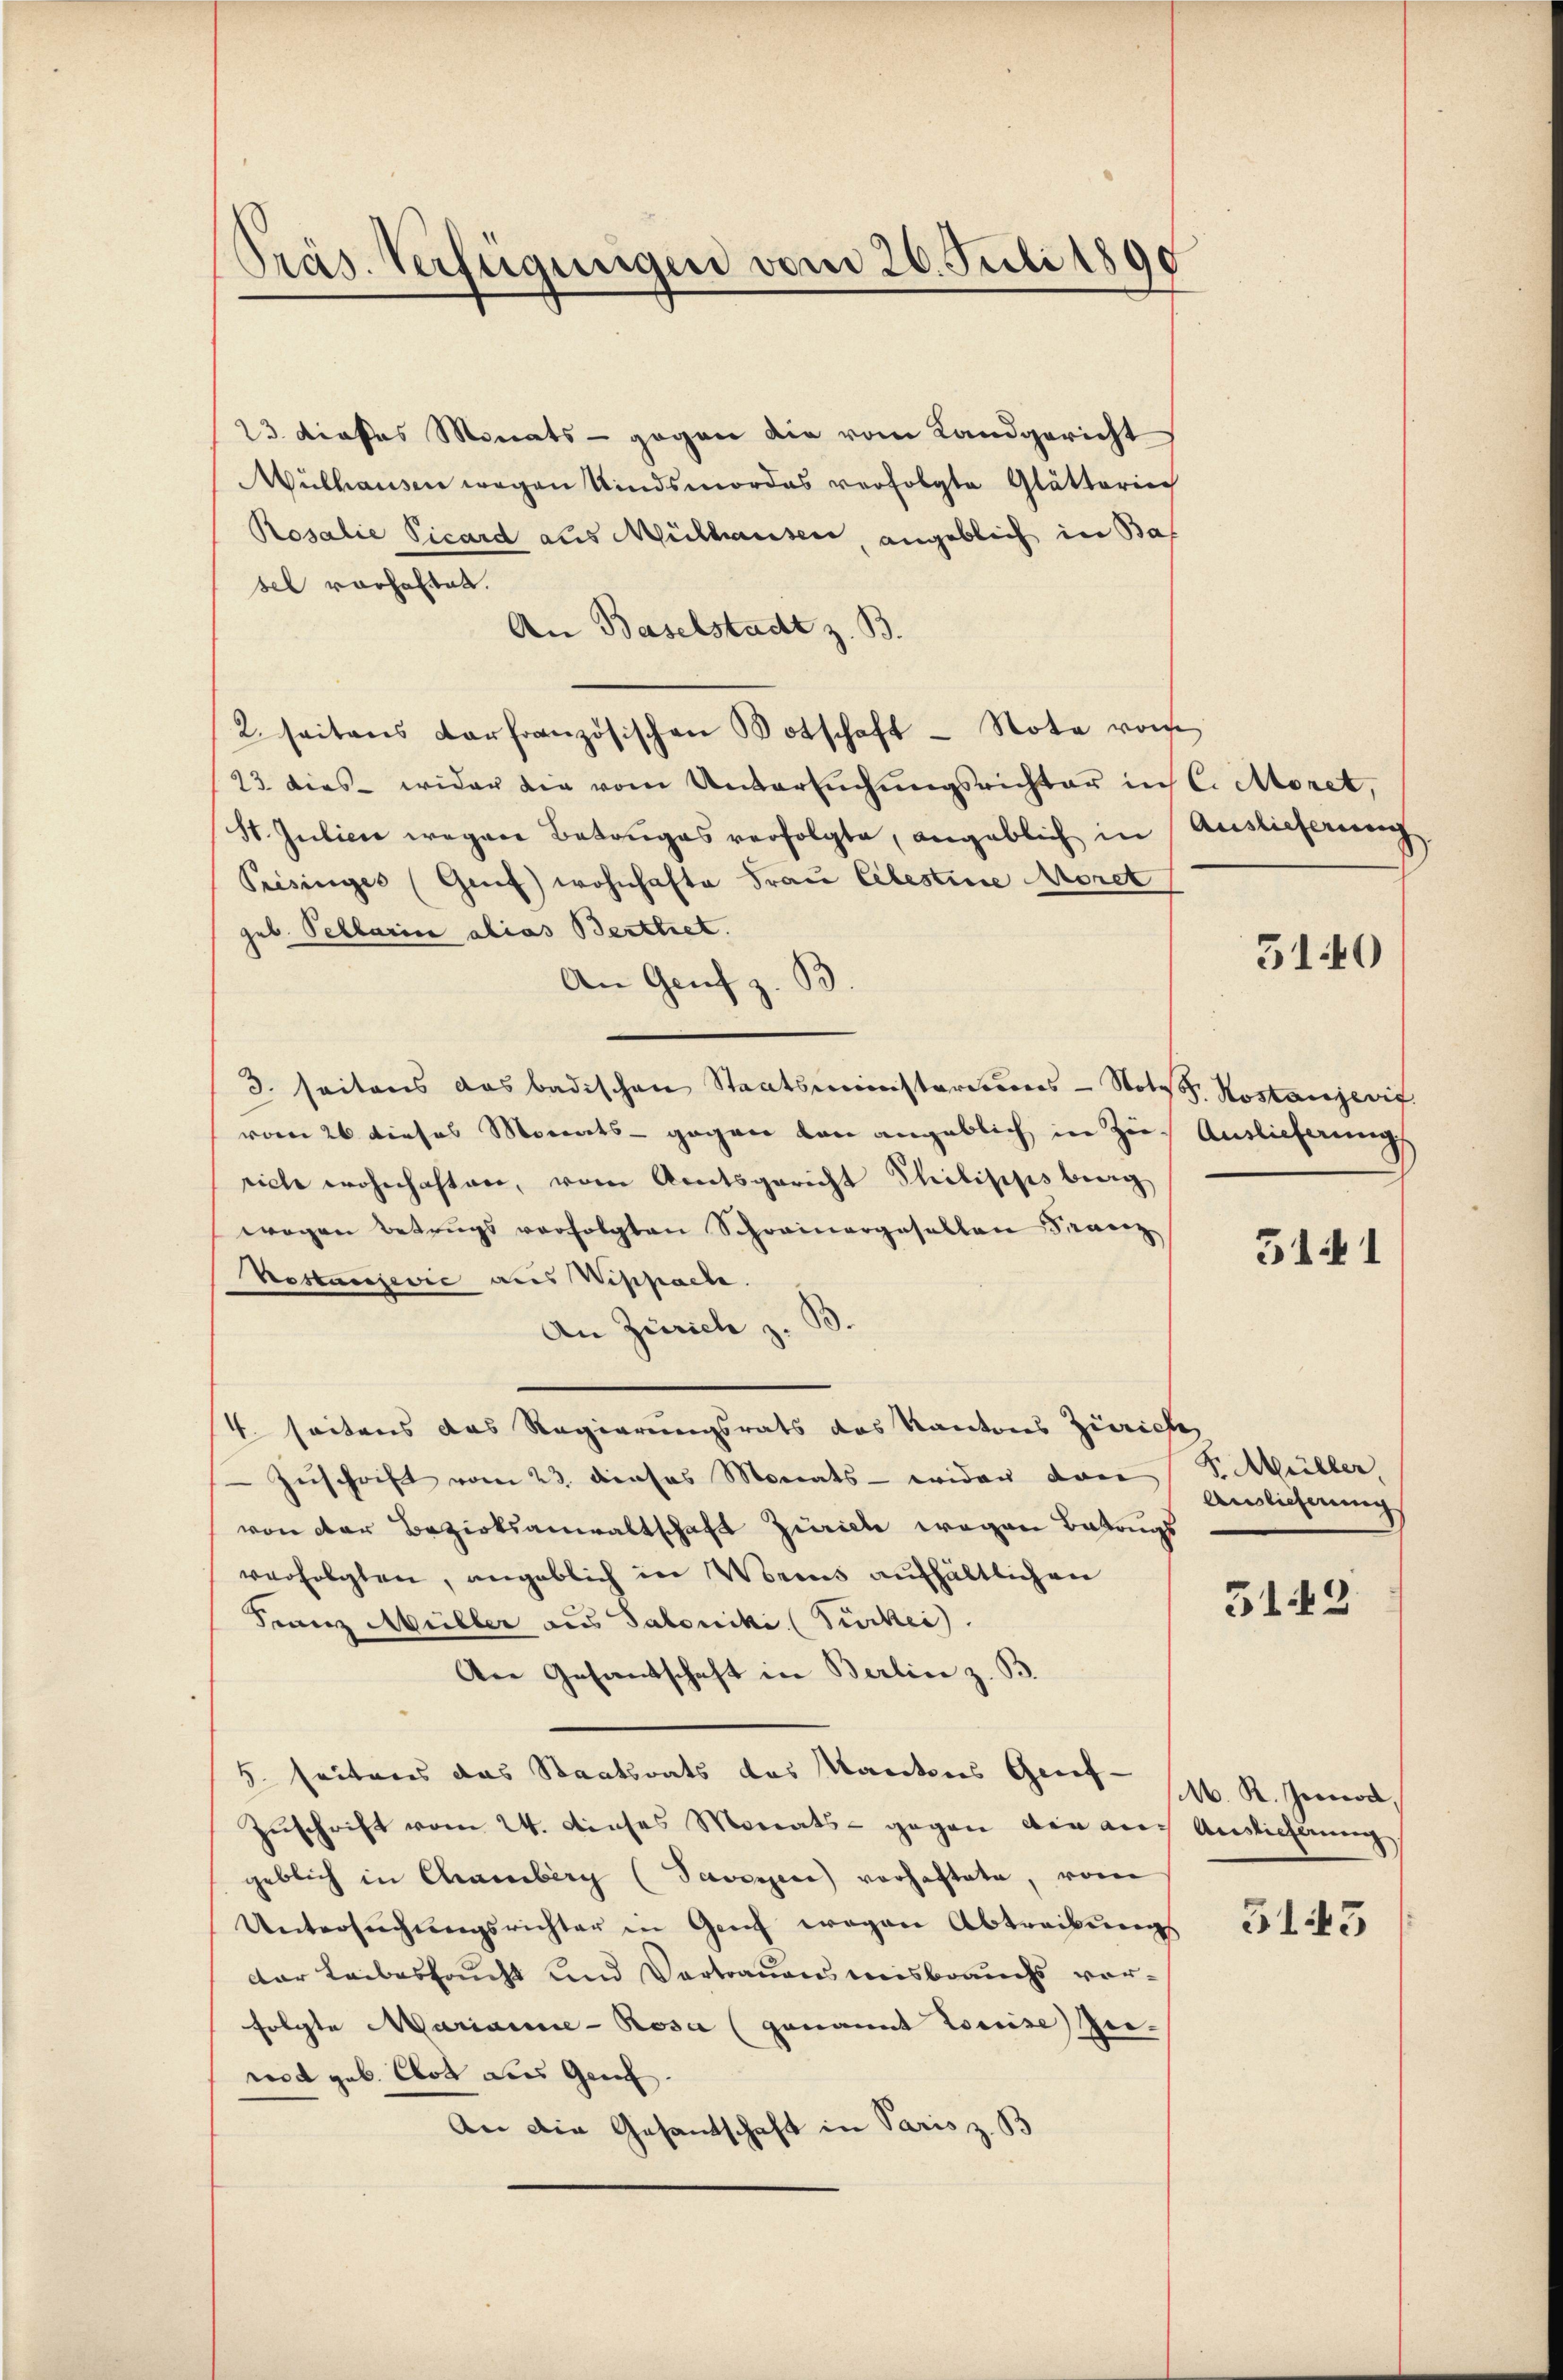
Präs. Verfügungen vom 26. Juli 1890

23 dieses Monats - gegen die vom Landgericht
Wülhausen wegen Kindsmordes verfolgte Glättering
Rosalie Picard aus Mülhausen, angeblich in Baf
sel vorhaltet.
An Baselstadt z. B.
2. seitens darfranzösischen Botschaft - Note von
23. dies wider die vom Untersuchungsrichter in C. Moret,
St. Julier wegen Betruges verfolgte, angeblich in Auslieferung
Peisinges (Gref) wohnhafte Frau Celestine Moret
geb. Pellarii alias Berttiet.
An Genf z. B.
3. seitens das badischen Staatsministeriums-Note. Kostanzeris
vom 26. dieses Monats - gegen von angeblich in Zu- Auslieferungs
eiche wohnhaften, vom Amtsgericht Philippsberg
wegen Betrugs verfolgten Schreinargesellen Fernerz
Nostanzević aus Wippache.
An Zürich z. B
4. seitens das Regierungsrats das Kantons Zürich
 Zuschrift vom 23. dieses Monats - wider dann
von der Bezirksanwaltschaft Zürich wegen Betrugs
verfolgten, angeblich in Weins aufhältlichen
Franz Müller aus Saloniki (Tückei).
An Gesantschaft in Berlin z. B.
5. seitens das Staatsrats des Kantons Gert- 1. K. Genod,
Zuschrift vom 24. dieses Monats - gegen die auch Auslicherung
geblich in Chamberg (Savoyen vorhaftete, vom
Untersŭchŭngsrichter in Ganz wegen Abtreibŭng 315
der Leibeshaupt und Vertrauensmisbrauchs vorfolgte Marianne - Rosa (genannt Louise Ze
rot geb. Art dies Genf.
An die Gesantschaft in Paris z. B

5140

5141

F. Müller,
Ainlicherung

3145